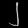
Digit: ၂